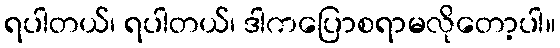
ရပါတယ်၊ ရပါတယ်၊ ဒါကပြောစရာမလိုတော့ပါ။